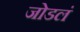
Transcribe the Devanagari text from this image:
जोडलं